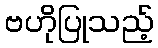
ဗဟိုပြုသည့်